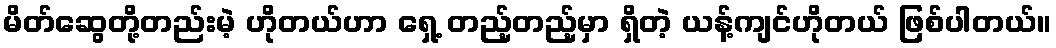
မိတ်ဆွေတို့တည်းမဲ့ ဟိုတယ်ဟာ ရှေ့ တည့်တည့်မှာ ရှိတဲ့ ယန့်ကျင်ဟိုတယ် ဖြစ်ပါတယ်။